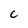
Character: C